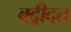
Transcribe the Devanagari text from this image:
बद्रीदत्त